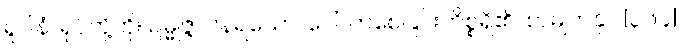
ရူပါနံ၊ ရုပ်တို့ကို။ ဥမ္မုဇ္ဇာပနရသော၊ ပေါ်လာစေခြင်းကိစ္စရှိ၏။ စာမျက်နှာ [၃၆၄]